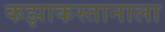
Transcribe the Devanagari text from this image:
कझाकस्तानाला